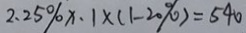
2 . 2 5 \% x \cdot 1 \times ( 1 - 2 0 \% ) = 5 4 0